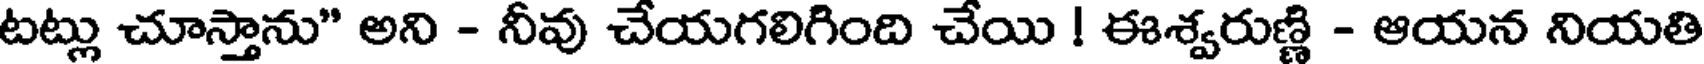
టట్లు చూస్తాను" అని - నీవు చేయగలిగింది చేయి ! ఈశ్వరుణ్ణి - ఆయన నియతి